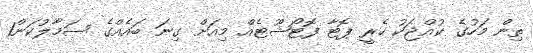
ތިން މަހުގެ ކުއްޖަކު ހެރީ ޕޮޓާ ފޮޓޯޝޫޓެއް މިއަށް ގިނަ ބައެއްގެ ސަމާލުކަން1